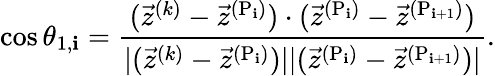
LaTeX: \cos\theta_{1,\mathbf{i}}=\frac{{(\vec{{z}}^{(k)}-\vec{{z}}^{(\mathrm{{P}}_{\mathbf{i}})})\cdot(\vec{{z}}^{(\mathrm{{P}}_{\mathbf{i}})}-\vec{{z}}^{(\mathrm{{P}}_{\mathbf{i}+1})})}}{{|(\vec{{z}}^{(k)}-\vec{{z}}^{(\mathrm{{P}}_{\mathbf{i}})})||(\vec{{z}}^{(\mathrm{{P}}_{\mathbf{i}})}-\vec{{z}}^{(\mathrm{{P}}_{\mathbf{i}+1})})|}}.